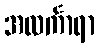
အလင်္ကာရာ